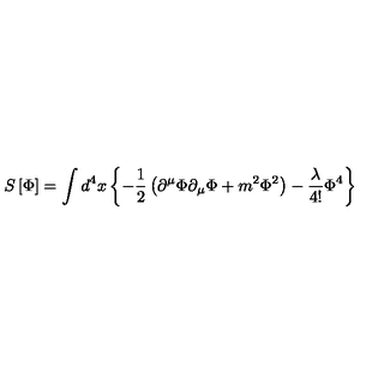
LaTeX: S \left[ \Phi \right] = \int d ^ { 4 } x \left\{ - \frac { 1 } { 2 } \left( \partial ^ { \mu } \Phi \partial _ { \mu } \Phi + m ^ { 2 } \Phi ^ { 2 } \right) - \frac \lambda { 4 ! } \Phi ^ { 4 } \right\}